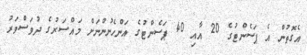
އެގޮތުން އެ ޕަސެންޓުގެ 20 އާއި 40 ޕަސެންޓުގެ އަންހެނުންނަށް މައްސަރުގެ ދުވަސްވަރު